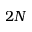
2 N